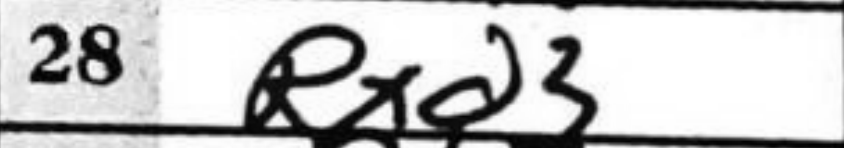
Transcription: Rxd3